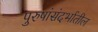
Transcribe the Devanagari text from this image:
पुरुषांसंदर्भातील